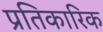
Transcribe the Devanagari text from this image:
प्रतिकारिक